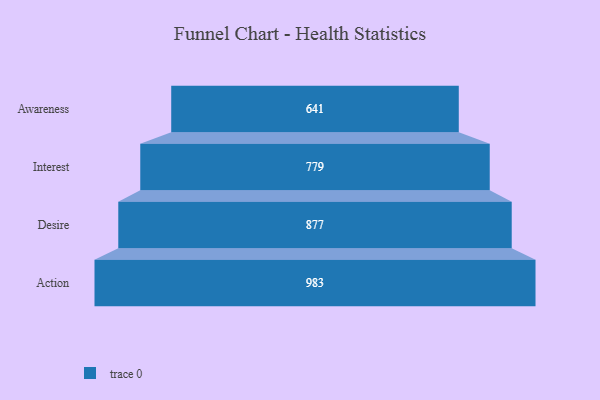
{"axis": {"x": "Stage", "y": "Value"}, "legend": [""], "data": [{"x": "Awareness", "y": 641.0, "type": ""}, {"x": "Interest", "y": 779.0, "type": ""}, {"x": "Desire", "y": 877.0, "type": ""}, {"x": "Action", "y": 983.0, "type": ""}]}